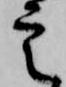
定